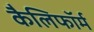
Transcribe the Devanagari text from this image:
कैलिफॉर्म